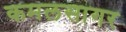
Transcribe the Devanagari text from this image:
कमलसागर